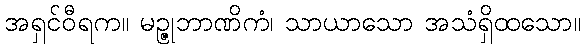
အရှင်ဝီရက။ မဉ္ဇုဘာဏိကံ၊ သာယာသော အသံရှိထသော။